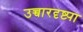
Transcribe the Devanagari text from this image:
उच्चारदृष्ट्या